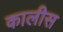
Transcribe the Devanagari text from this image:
कालीस